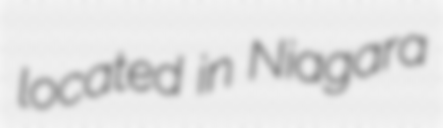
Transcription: located in Niagara